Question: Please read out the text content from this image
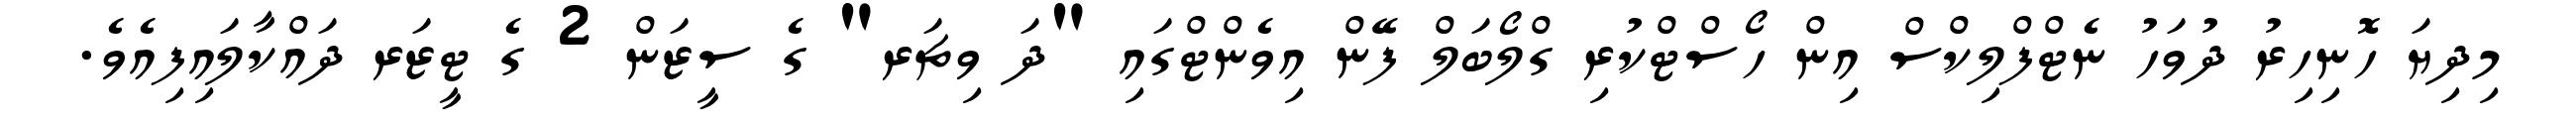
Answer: މިދިޔަ ހޮނިހިރު ދުވަހު ނެޓްފްލިކްސް އިން ހޯސްޓްކުރި ގްލޯބަލް ފޭން އިވެންޓްގައި "ދަ ވިޗަރ" ގެ ސީޒަން 2 ގެ ޓީޒަރ ދައްކާލައިފިއެވެ.